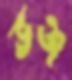
ভঞ্জ